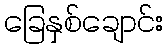
ခြေနှစ်ချောင်း